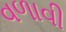
વળાવી